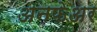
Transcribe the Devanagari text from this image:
अनफेअर